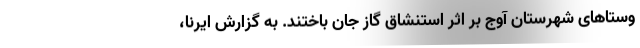
وستاهای شهرستان آوج بر اثر استنشاق گاز جان باختند. به گزارش ایرنا،